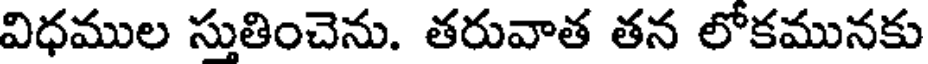
విధముల స్తుతించెను. తరువాత తన లోకమునకు